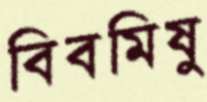
বিবমিষু